Triigi_(Aleksandri)_vallavalitsus_Harjumaal, lk 26
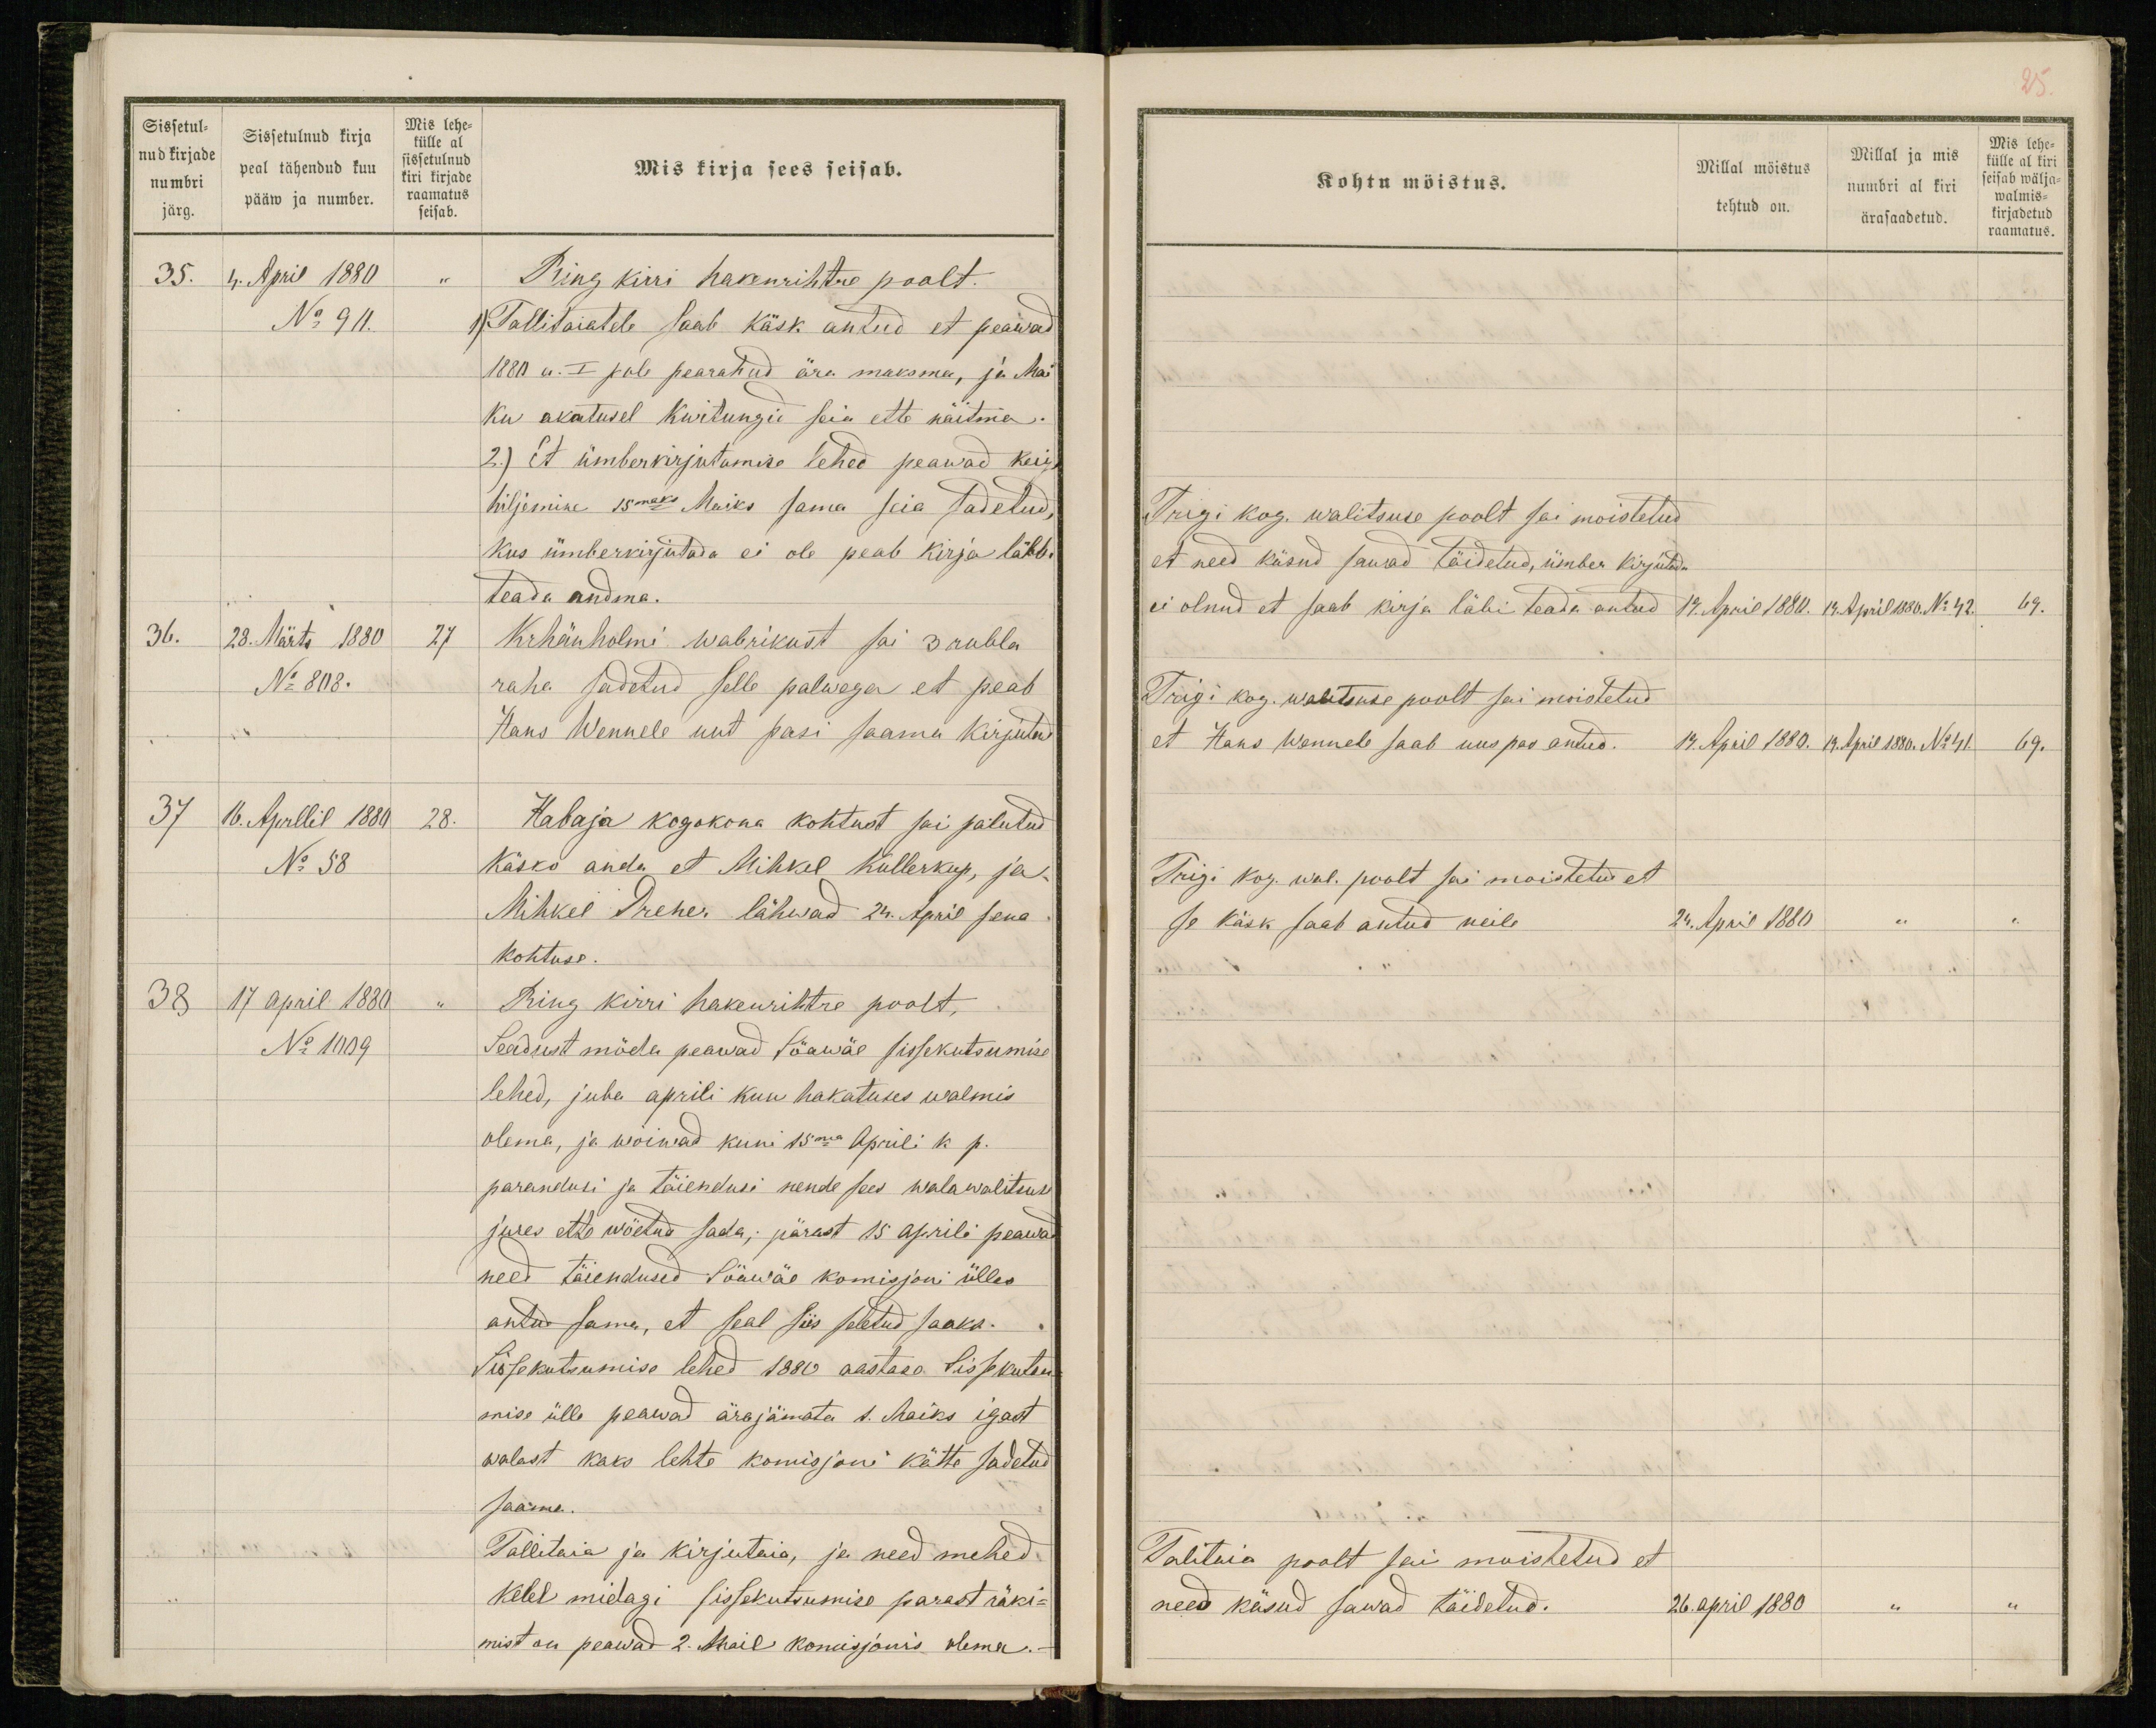
Sissetul-
nud kirjade
numbri
järg.
Sissetulnud kirja
peal tähendud kuu
pääw ja number.
Mis lehe-
külle al
sissetulnud
kiri kirjade
raamatus
seisab.
Mis kirja sees seisab.
35. 4. April 1880 "
Ring kirri hakenrihtre poolt.
No 90.
1) Tallitaiatele saab käsk antud et peawad
1880 a. I pole pearahud ära maksma, ja Mai
ku akatusel kwitungid seia ette näitma.
2.) Et ümberkirjutamise lehed peawad keige
hiljemine 15maks Maiks sama seia sadetud,
kus ümberkirjutada ei ole peab kirja läbbi
teada andma.
36. 28. Märts 1880 27
Krhänholmi wabrikust sai 3 rubla
No 808.
raha sadetud selle palwega et peab
Hans Wennele uut pasi saama kirjutud
37 16. Aprllil 1880 28.
Habaja kogokona kohtust sai palutud
No 58
käsko anda et Mihkel Kullerkup, ja
Mihkel Prener lähwad 24. April sena
kohtuse.
38 17 April 1880 "
Ring kirri hakenrihtre poolt,
No 1009
Seadust möda peawad Söawäe sissekutsumise
lehed, juba aprili kuu hakatuses walmis
olema, ja wõiwad kuni 15ma Aprili k p.
parandusi ja täiendusi nende sees walawalitsuse
jures ette wöetud sada; pärast 15 aprili peawad
need täiendused Söawäe komisjoni ülles
antud sama, et seal siis seletud saaks.
Sissekutsumise lehed 1880 aastase Sissekutsu-
mise ülle peawad ärajämata 1. Maiks igast
walast kaks lehte komisjoni kätte sadetud
saama.
Tallitaia ja kirjutaia, ja need mehed
kelel midagi sissekutsumise parast räki-
mist on peawad 2. Mail komisjonis olema.-

25
Kohtu möistus.
Millal möistus
tehtud on.
Millal ja mis
numbri al kiri
ärasaadetud.
Mis lehe-
külle al kiri
seisab wälja-
walmis-
kirjadetud
raamatus.
Trigi kog. walitsuse poolt sai moistetud
et need käsud sawad täidetud, ümber kirjutada
ei olnud et saab kirja läbi teada antud 19.
19. April 1880. 19. April 1880. No 42. 69.
Trigi kog. walitsuse poolt sai moistetud
et Hans Wennele saab uus pas antud.
19. April 1880. 19. April 1880. No 41. 69.
Trigi kog. wal. poolt sai moistetud et
se käsk saab antud neile
24. April 1880 " "
Talitaia poolt sai moistetud et
need käsud sawad täidetud.
26. april 1880 " "